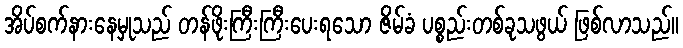
အိပ်စက်နားနေမှုသည် တန်ဖိုးကြီးကြီးပေးရသော ဇိမ်ခံ ပစ္စည်းတစ်ခုသဖွယ် ဖြစ်လာသည်။